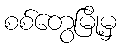
စစ်တွေမြို့မှ